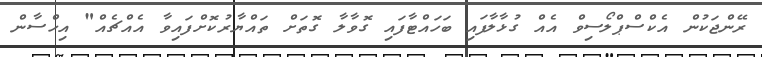
ރޭންޖަކުން އެކްސްޕްލޯސިވް އެއް ގުޅާލާފައި ބަހައްޓާފައި ގޮވާލާ ގޮތަށް ތައްޔާރުކޮށްފައިވާ އެއްޗެއް" އިހްސާން